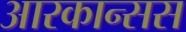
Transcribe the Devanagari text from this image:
आरकान्सस